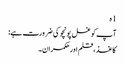
1 ہ
آپ کو غسل پونچو کی ضرورت ہے:
کاغذ ، قلم اور حکمران۔